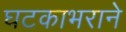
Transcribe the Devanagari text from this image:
घटकाभराने